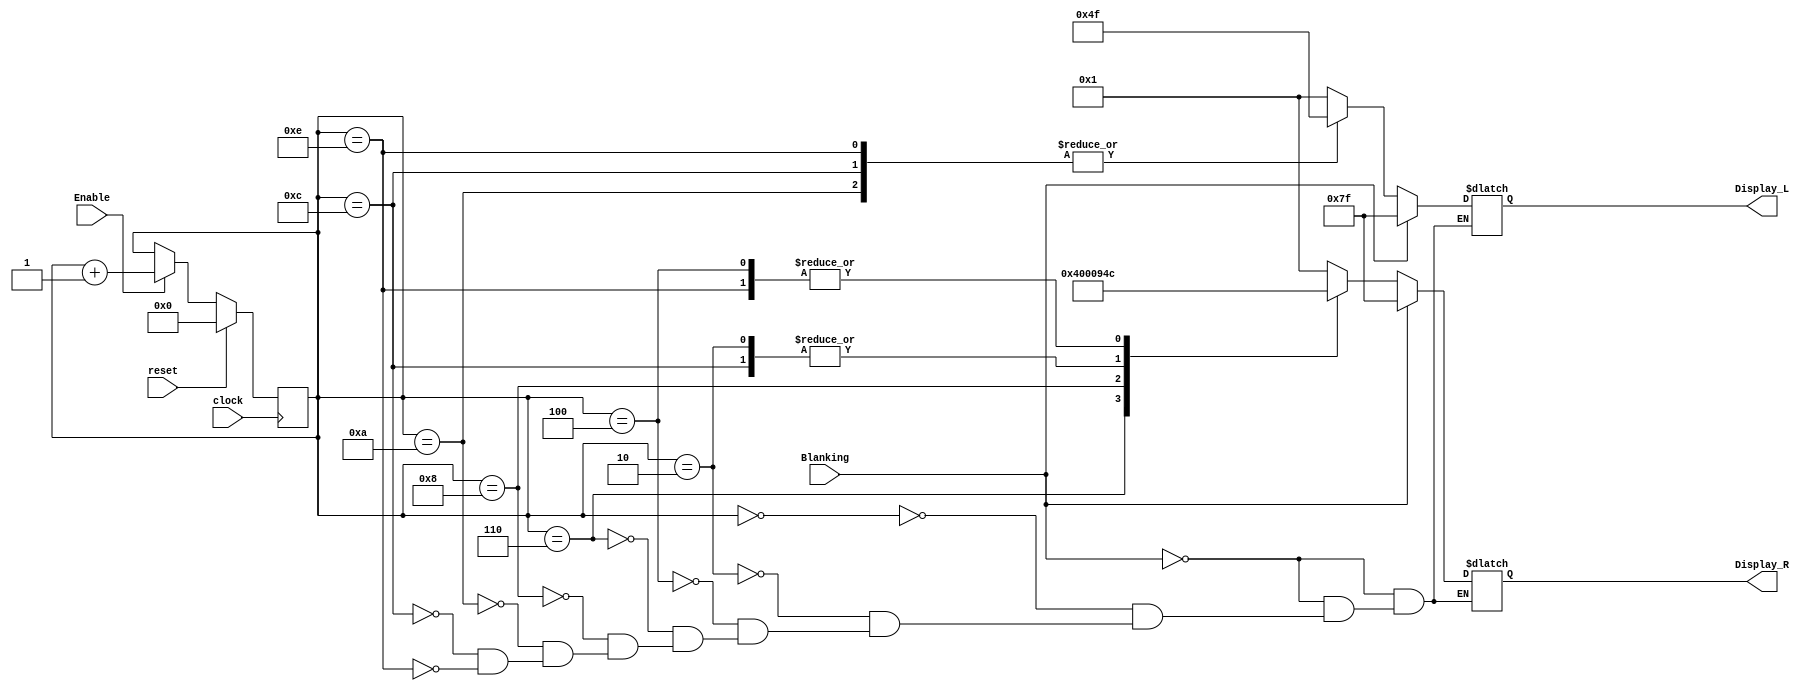
module Latched_Seven_Seg_Display 
  (Display_L, Display_R, Blanking, Enable, clock, reset);
  output	[6: 0]	Display_L, Display_R;
  input	 	Blanking, Enable, clock, reset;
  reg		[6: 0]	Display_L, Display_R;
  reg		[3: 0]	count;
  //			      abc_defg
  parameter 	BLANK	= 7'b111_1111;
  parameter	ZERO	= 7'b000_0001;		// h01
  parameter	ONE	= 7'b100_1111;		// h4f
  parameter	TWO	= 7'b001_0010;		// h12
  parameter	THREE	= 7'b000_0110;		// h06
  parameter	FOUR	= 7'b100_1100; 		// h4c
  parameter	FIVE	= 7'b010_0100;		// h24
  parameter	SIX	= 7'b010_0000; 		// h20
  parameter	SEVEN	= 7'b000_1111;		// h0f
  parameter	EIGHT	= 7'b000_0000;		// h00
  parameter	NINE	= 7'b000_0100; 		// h04

  always @ (posedge clock)
    if (reset) count <= 0;
    else if (Enable) count <= count +1;

  always @ (count or Blanking)
    if (Blanking) begin Display_L = BLANK; Display_R = BLANK; end  else 
      case (count)
        0:		begin Display_L = ZERO; Display_R = ZERO; end
        2:		begin Display_L = ZERO; Display_R = TWO; end
        4:		begin Display_L = ZERO; Display_R = FOUR; end
        6:		begin Display_L = ZERO; Display_R = SIX; end
        8:		begin Display_L = ZERO; Display_R = EIGHT; end
        10:		begin Display_L = ONE; Display_R = ZERO; end
        12:		begin Display_L = ONE; Display_R = TWO; end
        14:		begin Display_L = ONE; Display_R = FOUR; end
        //default:	begin Display_L = BLANK; Display_R = BLANK; end
    endcase
		endmodule